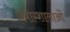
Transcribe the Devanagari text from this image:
प्रयोग्शालाओं